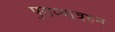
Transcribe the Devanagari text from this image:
पुराव्यावरुन